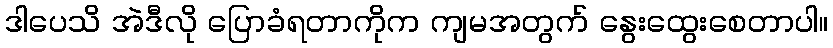
ဒါပေသိ အဲဒီလို ပြောခံရတာကိုက ကျမအတွက် နွေးထွေးစေတာပါ။